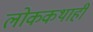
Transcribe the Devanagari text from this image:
लोककथाही